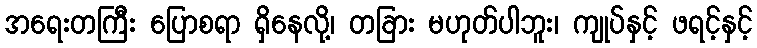
အရေးတကြီး ပြောစရာ ရှိနေလို့၊ တခြား မဟုတ်ပါဘူး၊ ကျုပ်နှင့် ဖရင့်နှင့်